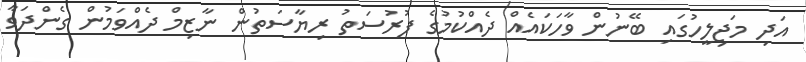
އަދި މަޖިލީހުގައި ބޭނުން ވާހަކައެއް ދެއްކުމުގެ ފުރުސަތު ރިޔާސަތުން ނާޒިމް ދެއްވަމުން ގެންދަވާ